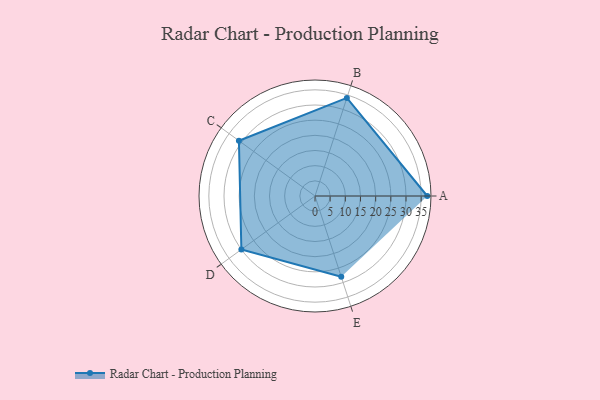
{"axis": {"x": "Skill", "y": "Score"}, "legend": ["Profile"], "data": [{"x": "A", "y": 37.0, "type": "Profile"}, {"x": "B", "y": 34.0, "type": "Profile"}, {"x": "C", "y": 31.0, "type": "Profile"}, {"x": "D", "y": 30.0, "type": "Profile"}, {"x": "E", "y": 28.0, "type": "Profile"}]}